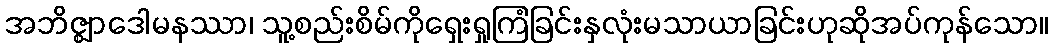
အဘိဇ္ဈာဒေါမနဿာ၊ သူ့စည်းစိမ်ကိုရှေးရှုကြံခြင်းနှလုံးမသာယာခြင်းဟုဆိုအပ်ကုန်သော။